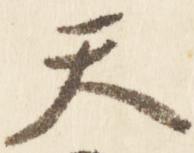
天